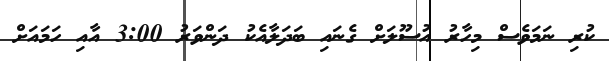
ކުރި ނަމަވެސް މިހާރު އުސޫލަށް ގެނައި ބަދަލާއެކު ދަންވަރު 3:00 އާއި ހަމައަށް